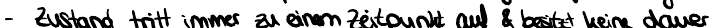
- Zustand tritt immer zu einem Zeitpunkt auf & besitzt keine dauer